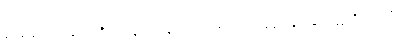
ရူပံယေဝ၊ အဆင်းကိုသာလျှင်။ ပဿေယျာမယထာ၊ မြင်ကုန်ရာ၏။ ဣတိ၊ ဤသို့။